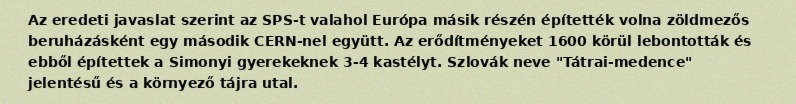
Az eredeti javaslat szerint az SPS-t valahol Európa másik részén építették volna zöldmezős beruházásként egy második CERN-nel együtt. Az erődítményeket 1600 körül lebontották és ebből építettek a Simonyi gyerekeknek 3-4 kastélyt. Szlovák neve "Tátrai-medence" jelentésű és a környező tájra utal.